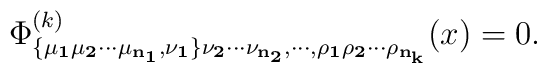
\Phi^{(k)}_{\bf \{\mu_1\mu_2\cdots\mu_{n_1}, \nu_1\}\nu_2\cdots\nu_{n_2},\cdots,\rho_1\rho_2\cdots\rho_{n_k}}(x)=0.